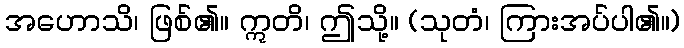
အဟောသိ၊ ဖြစ်၏။ ဣတိ၊ ဤသို့။ (သုတံ၊ ကြားအပ်ပါ၏။)